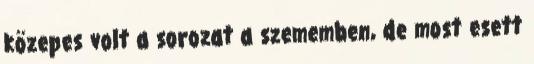
közepes volt a sorozat a szememben, de most esett